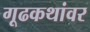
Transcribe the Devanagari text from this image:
गूढकथांवर